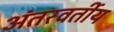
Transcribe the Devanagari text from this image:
अंतरवर्तीय